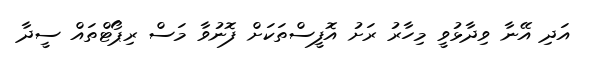
އަދި އޭނާ ވިދާޅުވީ މިހާރު ރަށު އޮފީސްތަކަށް ފޮނުވާ މަސް ރިޕޯޓްތައް ސީދާ